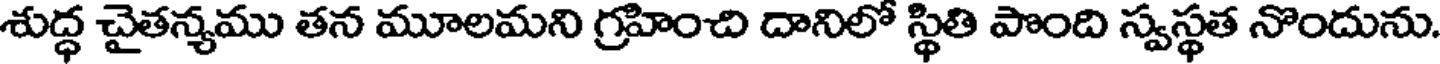
శుద్ధ చైతన్యము తన మూలమని గ్రహించి దానిలో స్థితి పొంది స్వస్థత నొందును.